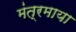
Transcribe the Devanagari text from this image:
मंत्रमाया